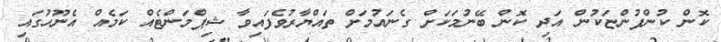
ކޮން ކުންފުންޏަކުން އަދި ކޮން ބޭނުމަކަށް ގެނައުމަށް ތައްޔާރުވެފައިވާ ޝިޕްމަންޓެއް ކަމެއް އެނޫހުގައި